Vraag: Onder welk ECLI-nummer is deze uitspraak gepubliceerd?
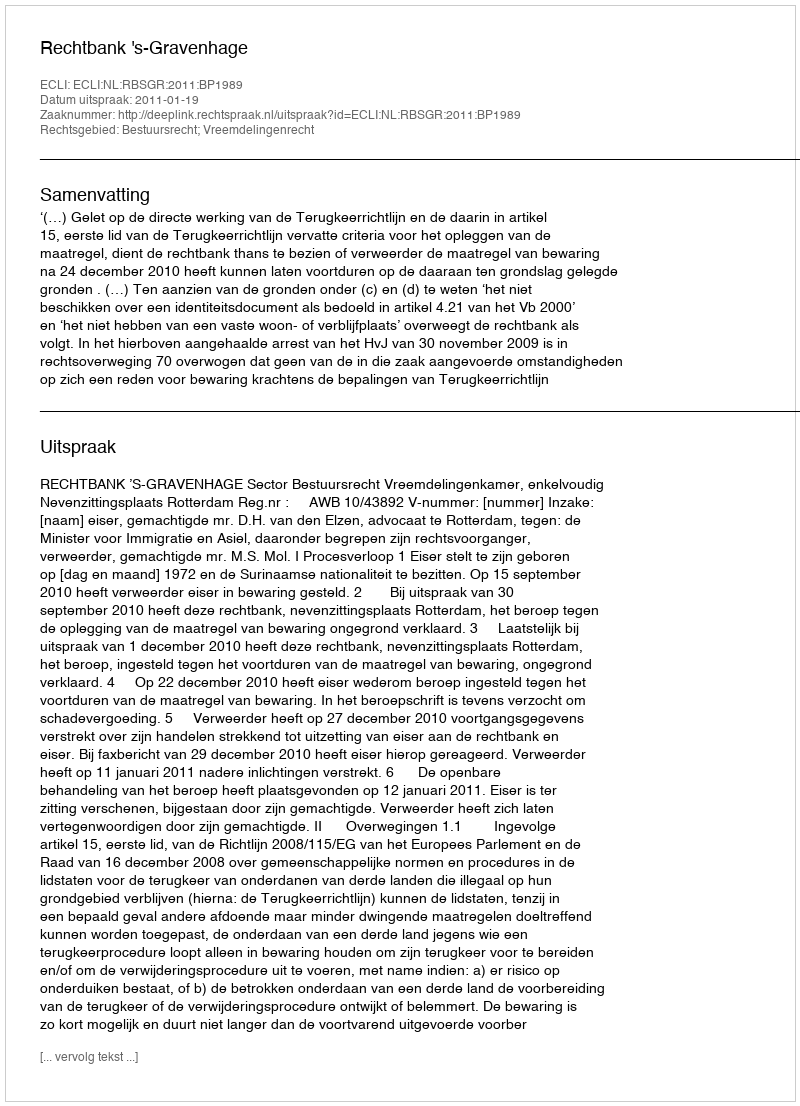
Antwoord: ECLI:NL:RBSGR:2011:BP1989